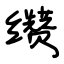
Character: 缵